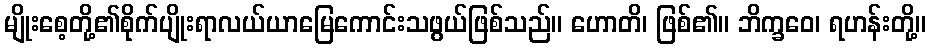
မျိုးစေ့တို့၏စိုက်ပျိုးရာလယ်ယာမြေကောင်းသဖွယ်ဖြစ်သည်။ ဟောတိ၊ ဖြစ်၏။ ဘိက္ခဝေ၊ ရဟန်းတို့။